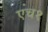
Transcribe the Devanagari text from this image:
एच१